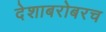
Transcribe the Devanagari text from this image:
देशाबरोबरच